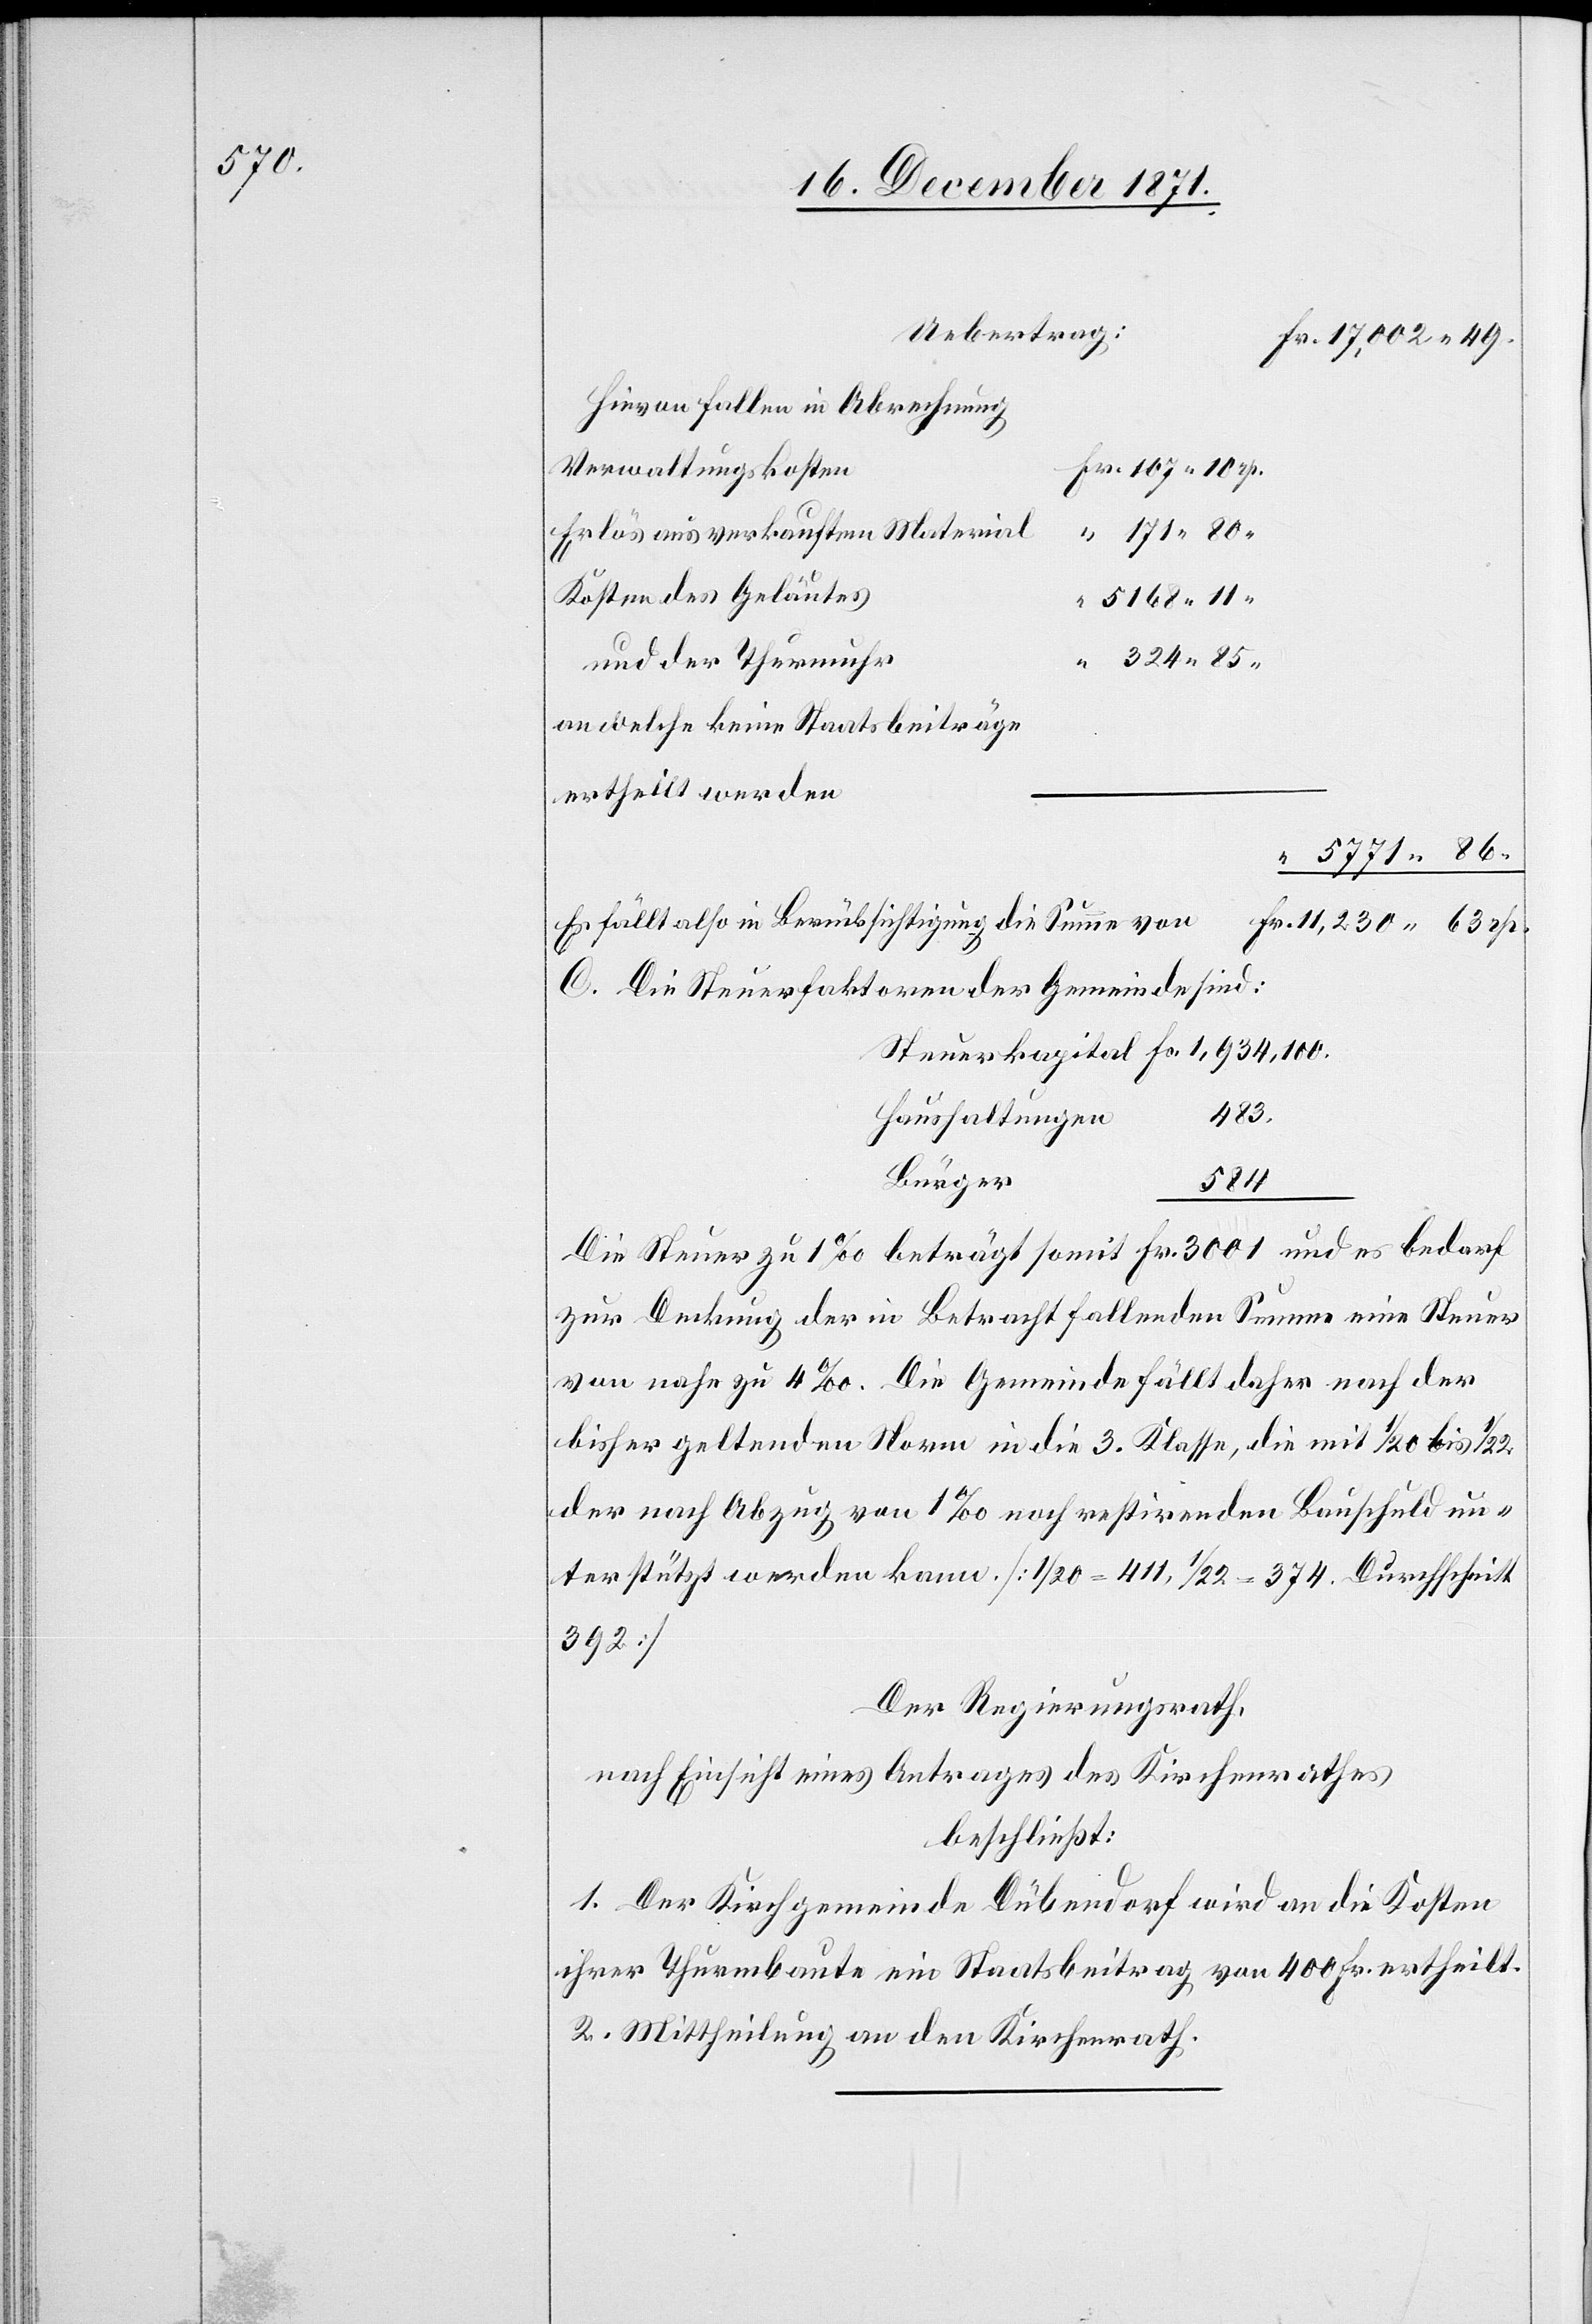
107.10

Uebertrag:
Hievon fallen in Abrechnung
Verwaltungskosten
Erlös aus verkauftem Material
171.80.
Kosten des Geläutes
5168.11.
und der Thurmuhr
324.85.
an welche keine Staatsbeiträge
ertheilt werden
5771.86
Es fällt also in Berücksichtigung die Summe von
C. Die Steuerfaktoren der Gemeinde sind:
Steuerkapital Fr. 1,934,100.
483.
Haushaltungen
Bürger
584
Die Steuer zu 1‰ beträgt somit Fr. 3001 und es bedarf
zur Deckung der in Betracht fallenden Summe eine Steuer
von nahe zu 4‰. Die Gemeinde fällt daher nach der
bisher geltenden Norm in die 3. Klasse, die mit 1/20 bis 1/22
der nach Abzug von 1‰ noch restirenden Bauschuld un¬
terstützt werden kann. [1/20 = 411, 1/22 = 374. Durchschnitt
392]
Der Regierungsrath,
nach Einsicht eines Antrages des Kirchenrathes
beschließt:
1. Der Kirchgemeinde Dübendorf wird an die Kosten
ihrer Thurmbaute ein Staatsbeitrag von 400 Fr. ertheilt.
2. Mittheilung an den Kirchenrath.